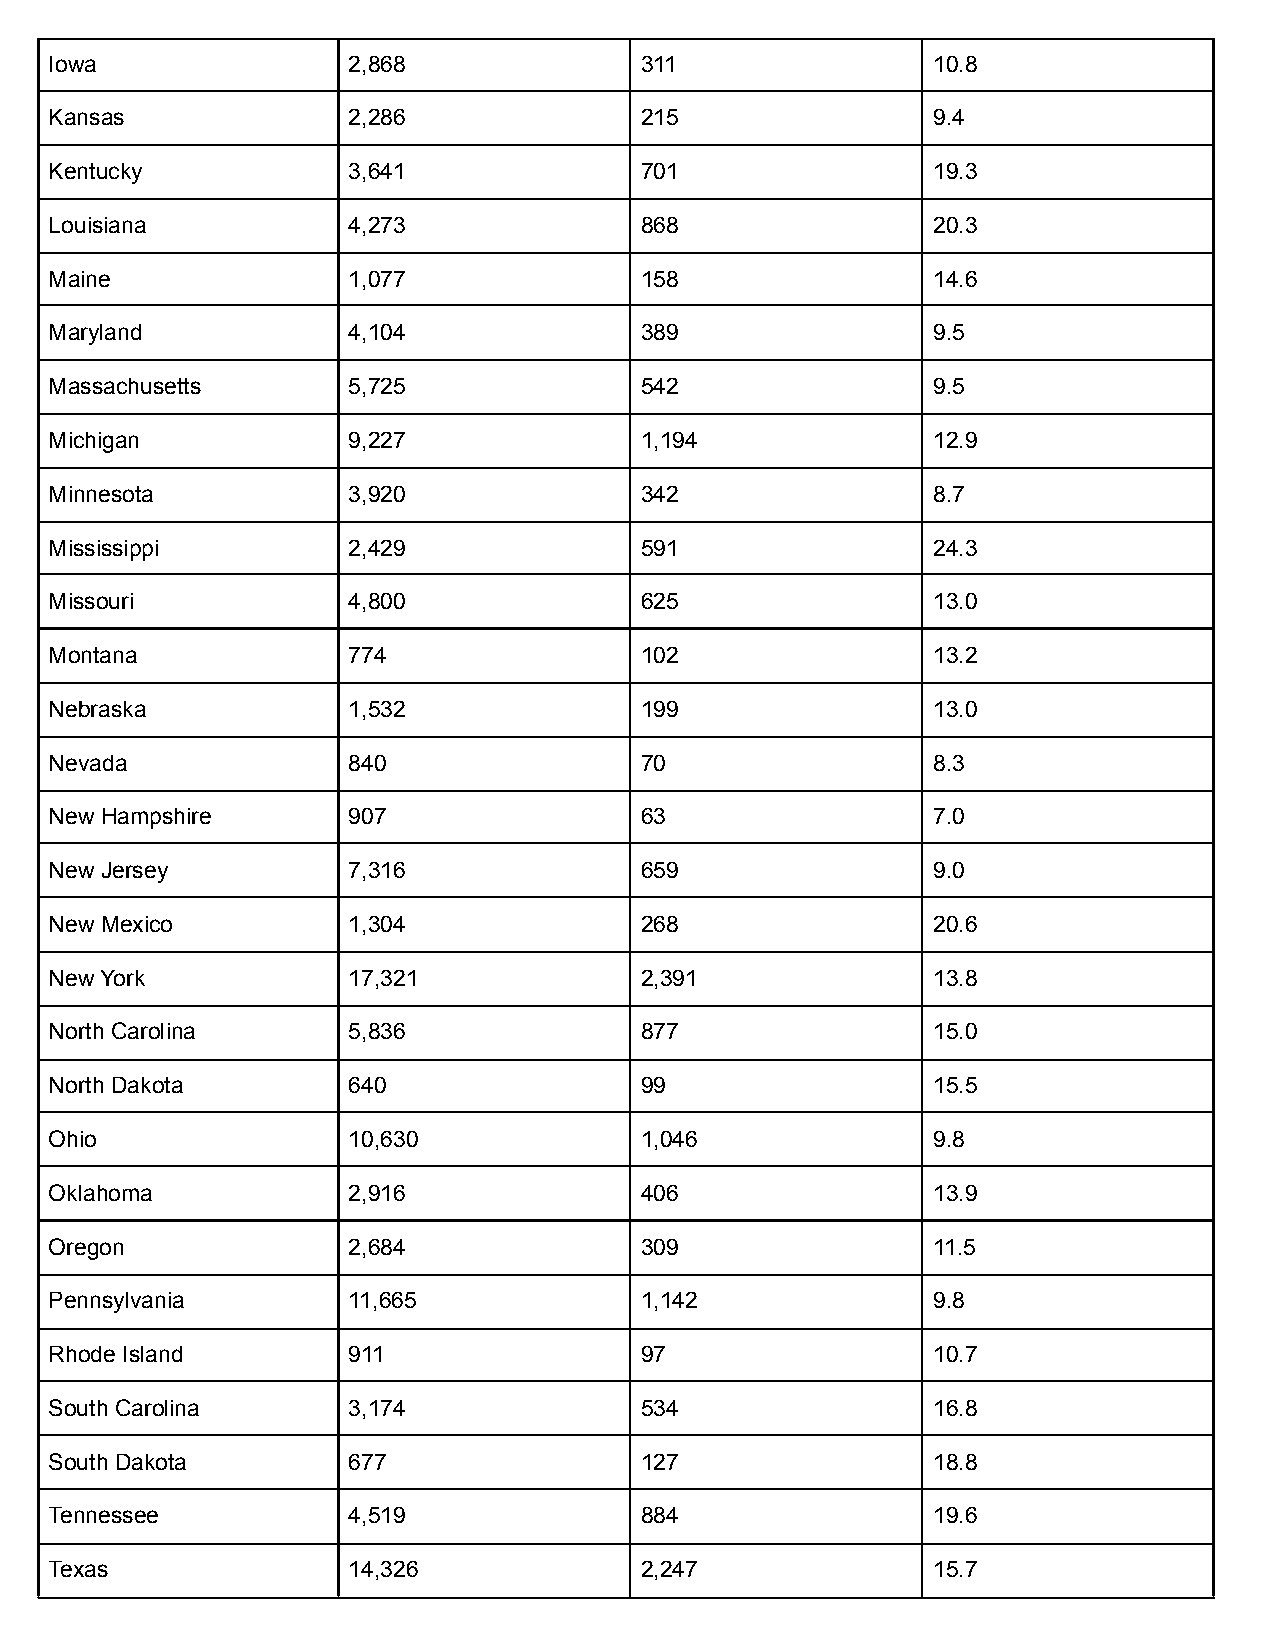
Iowa                2,868              311                 10.8
 Kansas              2,286              215                 9.4
 Kentucky            3,641              701                 19.3
 Louisiana           4,273              868                 20.3
 Maine               1,077              158                 14.6
 Maryland            4,104              389                 9.5
 Massachusetts       5,725              542                 9.5
 Michigan            9,227              1,194               12.9
 Minnesota           3,920              342                 8.7
 Mississippi         2,429              591                 24.3
 Missouri            4,800              625                 13.0
 Montana             774                102                 13.2
 Nebraska            1,532              199                 13.0
 Nevada              840                70                  8.3
 New Hampshire       907                63                  7.0
 New Jersey          7,316              659                 9.0
 New Mexico          1,304              268                 20.6
 New York            17,321             2,391               13.8
 North Carolina      5,836              877                 15.0
 North Dakota        640                99                  15.5
 Ohio                10,630             1,046               9.8
 Oklahoma            2,916              406                 13.9
 Oregon              2,684              309                 11.5
 Pennsylvania        11,665             1,142               9.8
 Rhode Island        911                97                  10.7
 South Carolina      3,174              534                 16.8
 South Dakota        677                127                 18.8
 Tennessee           4,519              884                 19.6
 Texas               14,326             2,247               15.7